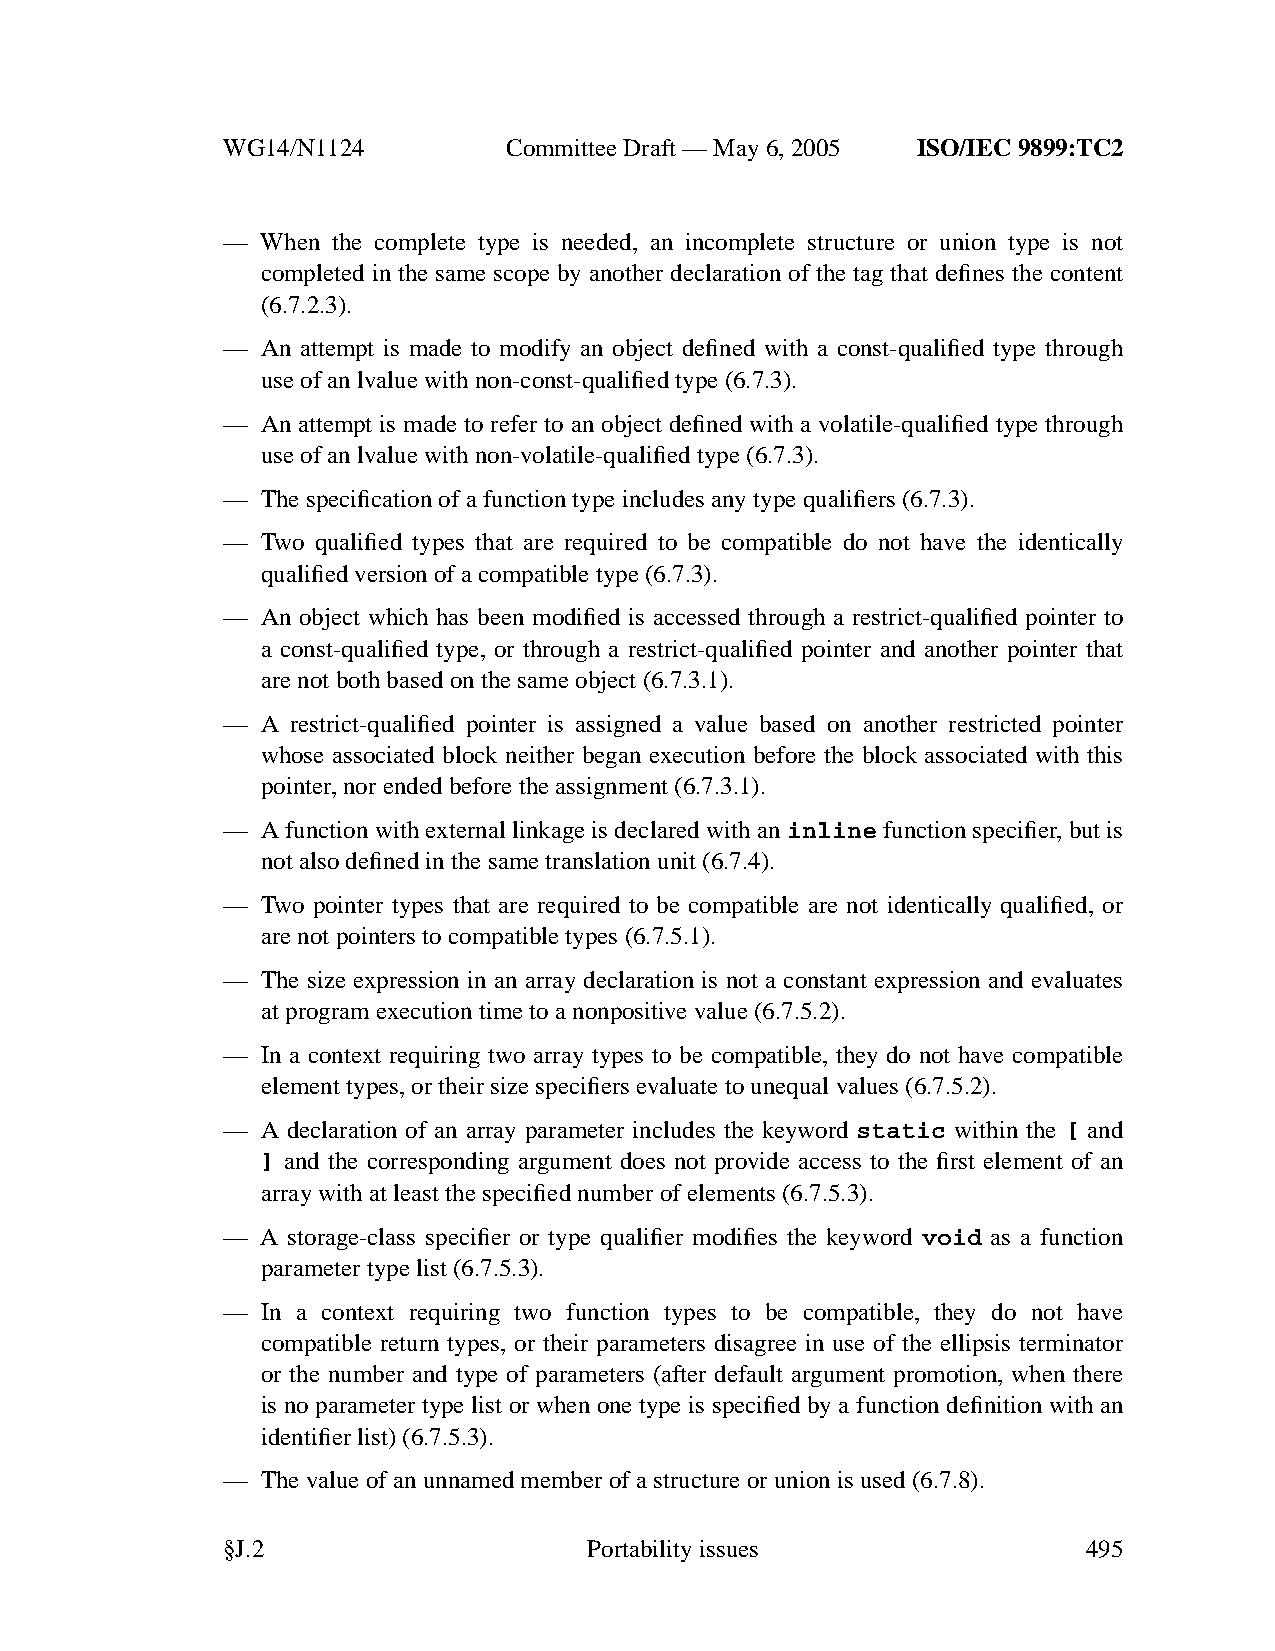
WG14/N1124        CommitteeDraft — May 6, 2005 ISO/IEC 9899:TC2
 — When the complete type is needed, an incomplete structure or union type is not
 completed in the same scope by another declaration of the tag that defines the content
 (6.7.2.3).
 — An attempt is made to modify an object defined with a const-qualified type through
 use of an lvalue with non-const-qualified type (6.7.3).
 — An attempt is made to refer to an object defined with a volatile-qualified type through
 use of an lvalue with non-volatile-qualified type (6.7.3).
 — The specification of a function type includes anytype qualifiers (6.7.3).
 — Two qualified types that are required to be compatible do not have the identically
 qualified version of a compatible type (6.7.3).
 — An object which has been modified is accessed through a restrict-qualified pointer to
 a const-qualified type, or through a restrict-qualified pointer and another pointer that
 are not both based on the same object (6.7.3.1).
 — A restrict-qualified pointer is assigned a value based on another restricted pointer
 whose associated block neither began execution before the block associated with this
 pointer,nor ended before the assignment (6.7.3.1).
 — A function with external linkage is declared with an inline function specifier, but is
 not also defined in the same translation unit (6.7.4).
 — Two pointer types that are required to be compatible are not identically qualified, or
 are not pointers to compatible types (6.7.5.1).
 — The size expression in an array declaration is not a constant expression and evaluates
 at program execution time to a nonpositive value (6.7.5.2).
 — In a context requiring two array types to be compatible, they do not have compatible
 element types, or their size specifiers evaluate to unequal values (6.7.5.2).
 — A declaration of an array parameter includes the keyword static within the [ and
 ] and the corresponding argument does not provide access to the first element of an
 array with at least the specified number of elements (6.7.5.3).
 — A storage-class specifier or type qualifier modifies the keyword void as a function
 parameter type list (6.7.5.3).
 — In a context requiring two function types to be compatible, they do not have
 compatible return types, or their parameters disagree in use of the ellipsis terminator
 or the number and type of parameters (after default argument promotion, when there
 is no parameter type list or when one type is specified by a function definition with an
 identifier list) (6.7.5.3).
 — The value of an unnamed member of a structure or union is used (6.7.8).
 §J.2                    Portabilityissues                495